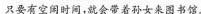
只要有空闲时间，就会带着孙女来图书馆。